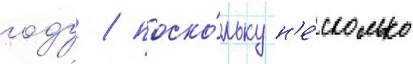
году / поско́льку н'е́сколько